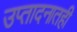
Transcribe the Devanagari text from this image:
उप्तादनातही